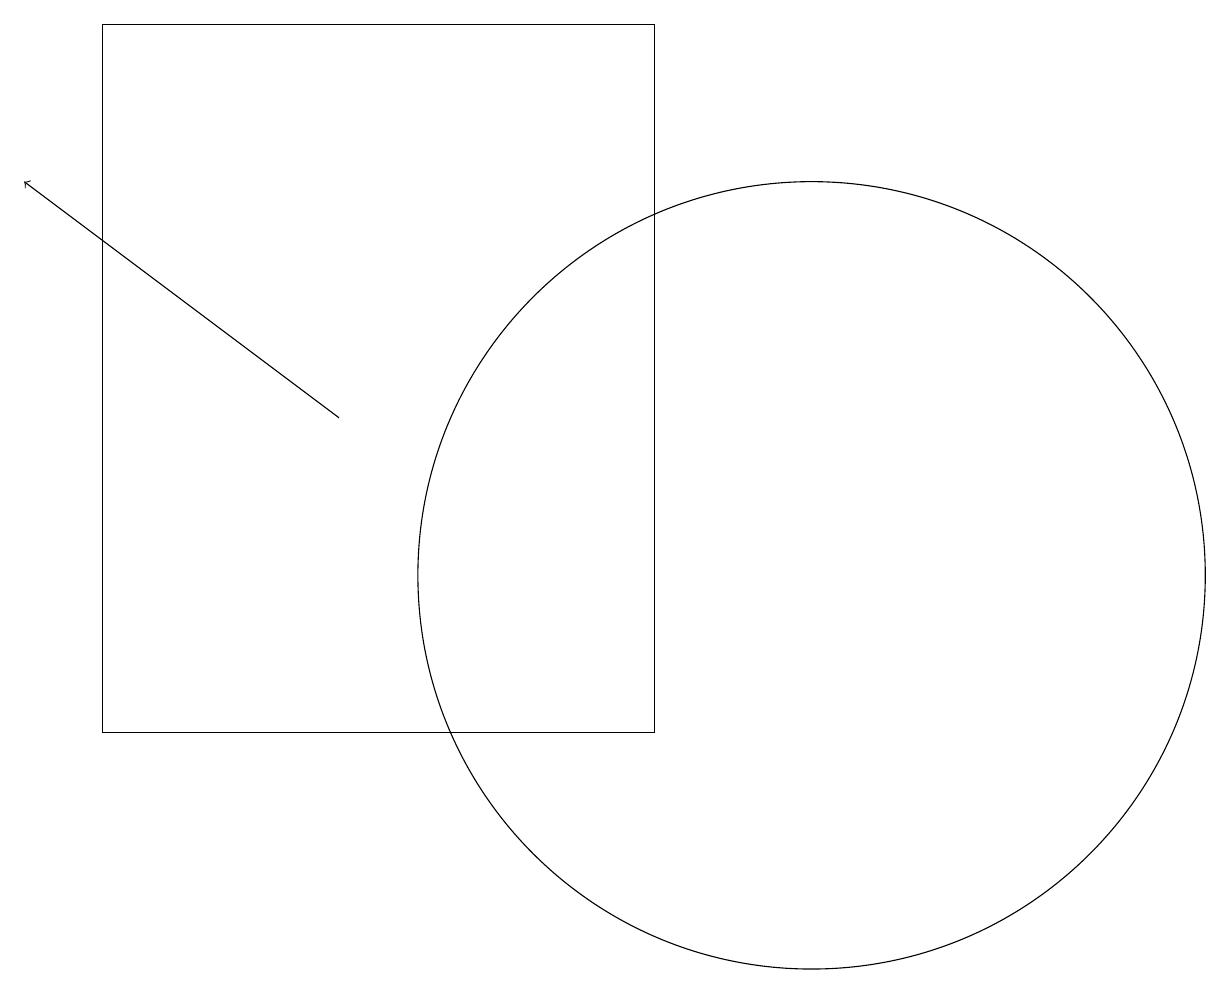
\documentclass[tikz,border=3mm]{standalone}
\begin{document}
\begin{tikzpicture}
\draw (10,12) circle (5);
\draw (8,10) rectangle (1,19);
\draw[->] (4,14) -- (0,17);
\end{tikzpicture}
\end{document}